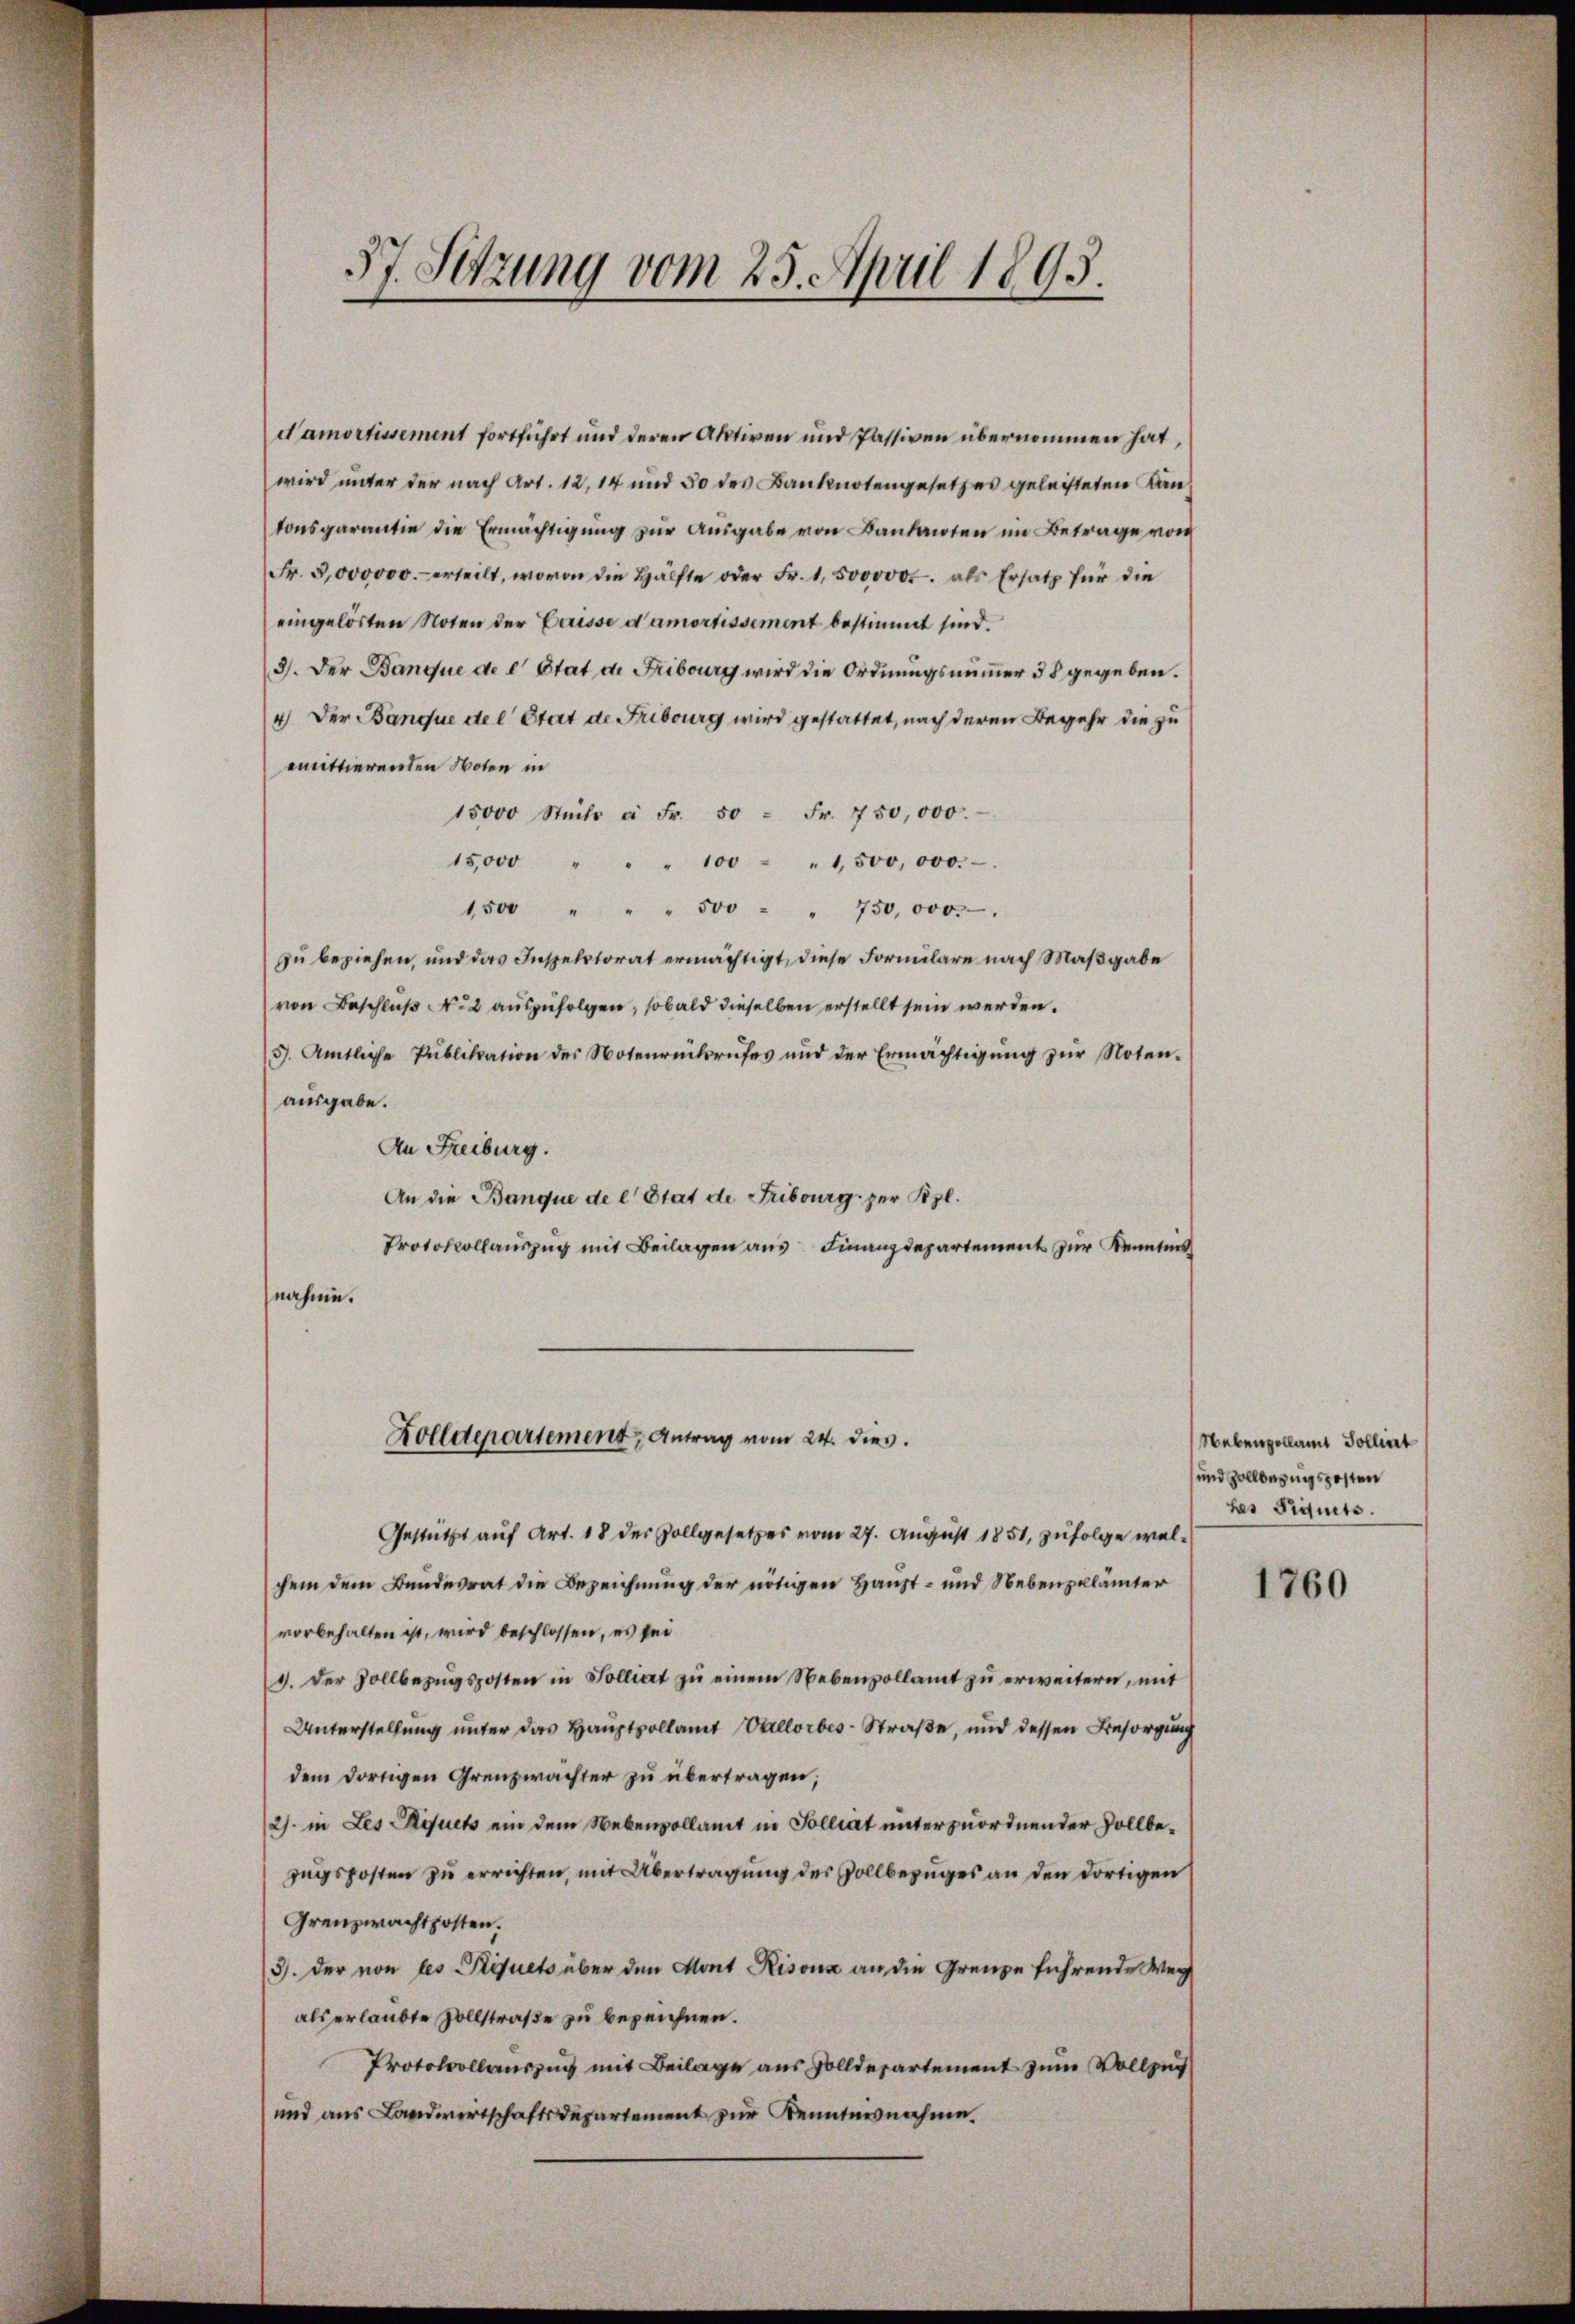
57. Sitzung vom 25. April 1893.

damortissement fortführt und deren Aktiven und Passiven übernommen hat,
wird unter der nach Art. 12, 14 und 30 des Banknotengesetzes geleisteten Kantonsgarantie die Ermächtigŭng zŭr Aŭsgabe von Bandanten im Betrage von
Fr. 5000000.- erteilt, wovon die Hälfte oder Fr. 1, 500000. als Ersatz für die
eingelösten Noten der Eruisse d’amortissement bestimmt sind.
3. Der Banque de l. Stat de Fribourg wird die Ordnungsnummer 58 gegeben.
4) Der Banque der Etat de Fribourg wird gestattet, nach deren Begehr die zu
emittierenden Noten in
15000 Stück à Fr. 50 = Fr. 750,000.
15,000 " " " 100 - " 1,500,000.-
1500 " " " 500 " " 750,000.
zu beziehen, und das Inspektorat ermächtigt, diese Formulare nach Maßgabe
von Beschlŭβ N. 2 auszufolgen, sobald dieselben erstellt sein werden.
5. Amtliche Publikation des Notenreitsrŭfes und der Ermächtigŭng zŭr Noten-
ausgabe.
An Freiburg.
An die Banque de l. Stat de Fribourg zur Bl.
Protokollaŭszŭg mit Beilagen aus Finanzdepartement zur Kenntnis
nahme.

Gestützt auf Art. 18 des Zollgesetzes vom 27. August 1851, zufolge welchem dem Bundesrat die Bezeichnung der nötigen Haupt- und Nebenpellämter
vorbehalten ist, wird beschlossen, es sei
1. Der Zollbezŭgsposten in Solliat zu einem Nebenvollamt zu erweitern, mit
Unterstellung unter das Hauptvollamt Vallorbes-Straße, und dessen Besorgung
dem dortigen Grenzwachter zu übertragen;
(2). in Les Kistets ein dem Nebenvollamt in Solliat unterzuordnender Zollbezugsposten zu errichten, mit Übertragung des Vollbezuges an den dortigen
Grenzwachtposten.
3). Der von les Kliquets über den Mont Risous an die Grenze führende Weg
als erlaubte Zollstraße zu bezeichnen.
Protokollauszug mit Beilage aus Zolldepartement zum Vollzug
und aus Landwirtschaftsdepartement zur Kenntnisnahme.

Zolldepartement, Antrag vom 24. dies

Nebenzollamt Solliert
und Zollbezugsposten
ber Fiquets.

1760